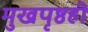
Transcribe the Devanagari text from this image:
मुखपृष्ठही